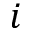
i